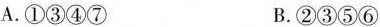
A.①③④⑦ B.②③⑤⑥